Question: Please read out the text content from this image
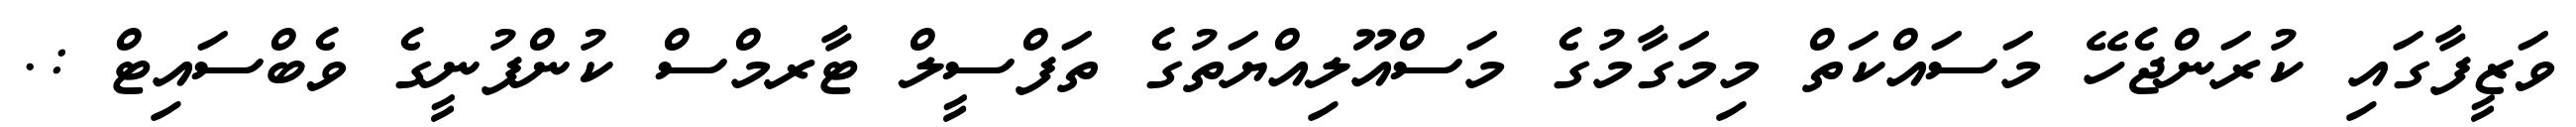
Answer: ވަޒީފާގައި ކުރަންޖެހޭ މަސައްކަތް މިމަގާމުގެ މަސްއޫލިއްޔަތުގެ ތަފްސީލް ޓާރމްސް ކުންފުނީގެ ވެބްސައިޓް :.